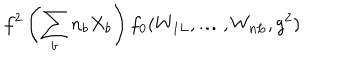
f ^ { 2 } \left( \sum _ { b } n _ { b } X _ { b } \right) f _ { 0 } ( W _ { 1 L } , \ldots , W _ { n L } , g ^ { 2 } )